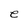
Character: e